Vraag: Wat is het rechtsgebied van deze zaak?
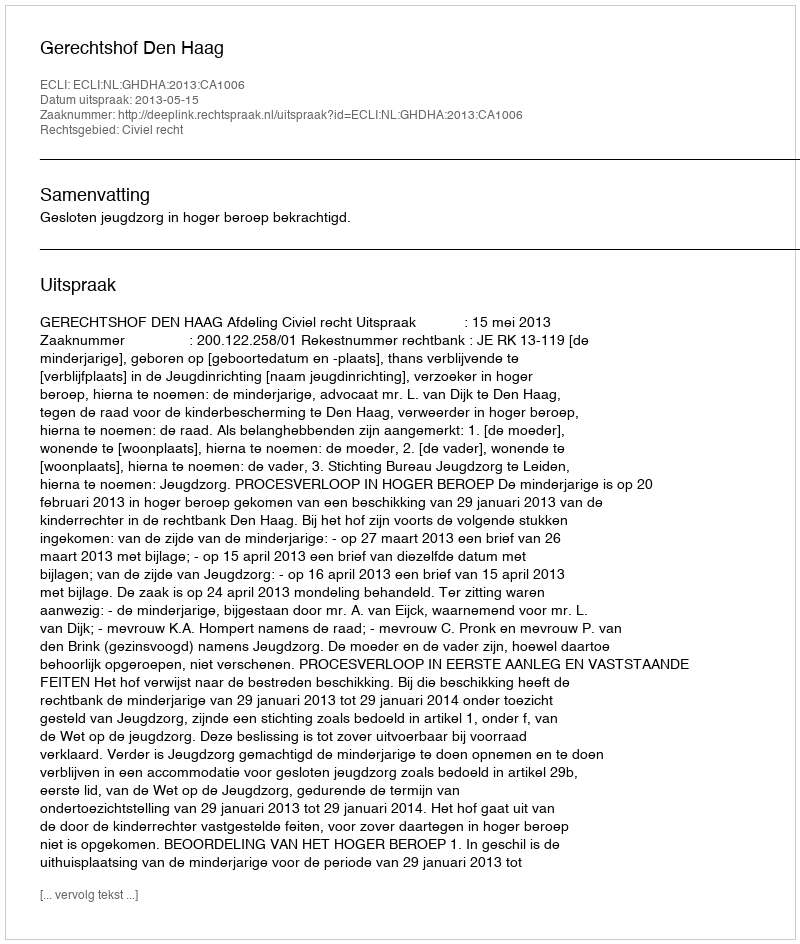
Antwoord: Civiel recht